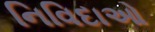
નિવિદાઓ